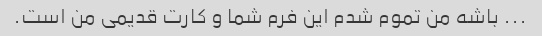
... باشه من تموم شدم این فرم شما و کارت قدیمی من است.